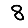
Digit: 8